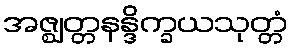
အဇ္ဈတ္တနန္ဒိက္ခယသုတ္တံ